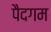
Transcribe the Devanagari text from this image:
पैदगम